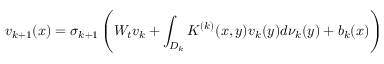
{ v } _ { k + 1 } ( { x } ) = \sigma _ { k + 1 } \left( { W } _ { t } { v } _ { k } + \int _ { { D } _ { k } } K ^ { ( k ) } ( { x } , { y } ) v _ { k } ( y ) d \nu _ { k } ( y ) + b _ { k } ( x ) \right)